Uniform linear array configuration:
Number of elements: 8
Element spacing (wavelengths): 1
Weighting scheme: uniform
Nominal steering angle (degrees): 0
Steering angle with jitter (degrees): -0.9458
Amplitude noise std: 0.05
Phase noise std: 0.05

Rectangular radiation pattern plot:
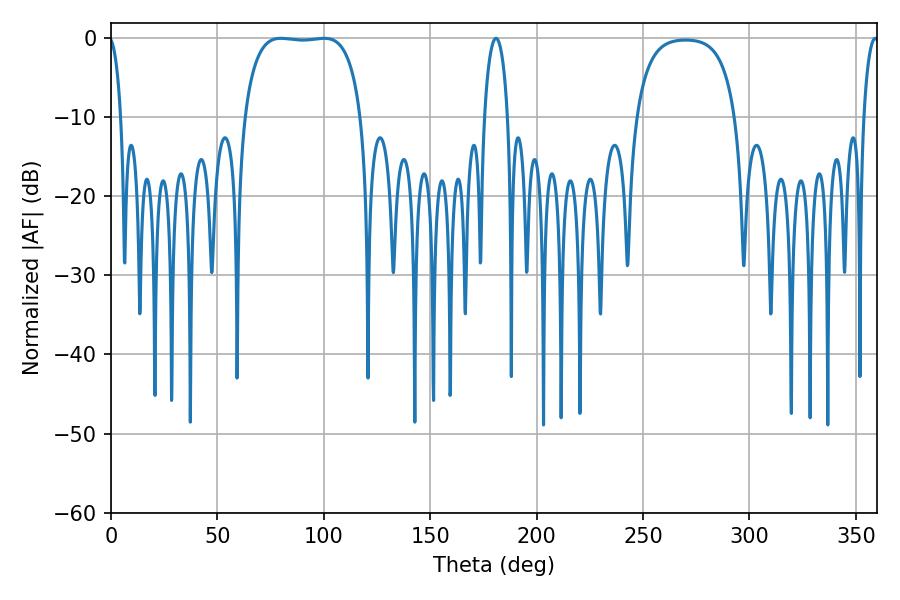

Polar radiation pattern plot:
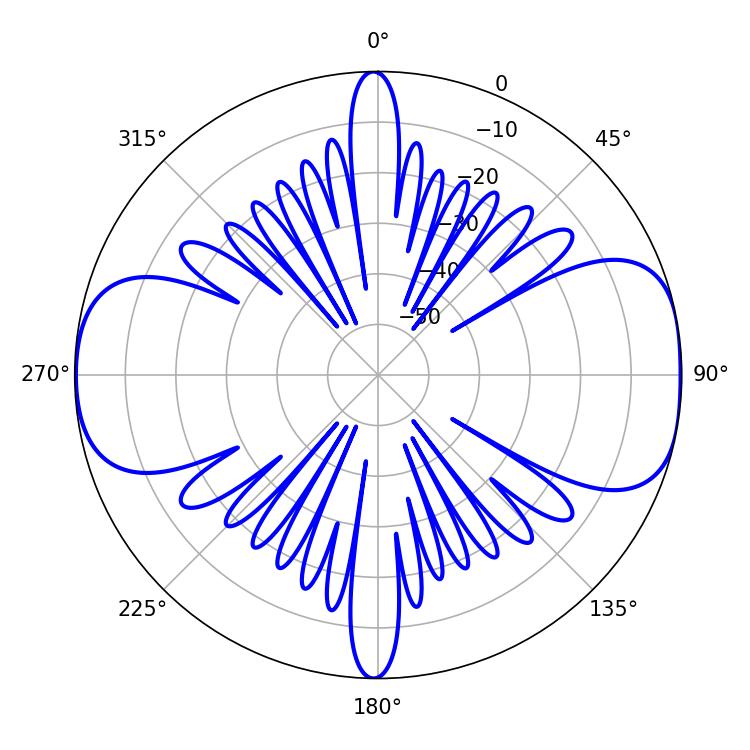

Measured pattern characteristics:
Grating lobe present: TRUE
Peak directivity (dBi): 10.143
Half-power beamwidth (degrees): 6.12
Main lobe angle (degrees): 180.9